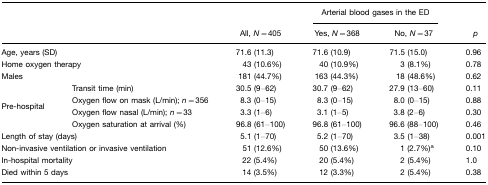
|  |  |  | <COLSPAN=2> Arterial blood gases in the ED |  |
 |  |  | All, N=405 | Yes, N=368 | No, N=37 | p |
 | --- | --- | --- | --- | --- | --- |
 | <COLSPAN=2> Age, years (SD) | 71.6 (11.3) | 71.6 (10.9) | 71.5 (15.0) | 0.96 |
 | <COLSPAN=2> Home oxygen therapy | 43 (10.6%) | 40 (10.9%) | 3 (8.1%) | 0.78 |
 | <COLSPAN=2> Males | 181 (44.7%) | 163 (44.3%) | 18 (48.6%) | 0.62 |
 | <ROWSPAN=4> Pre-hospital | Transit time (min) | 30.5 (9–62) | 30.7 (9–62) | 27.9 (13–60) | 0.11 |
 | Oxygen flow on mask (L/min); n=356 | 8.3 (0–15) | 8.3 (0–15) | 8.0 (0–15) | 0.88 |
 | Oxygen flow nasal (L/min); n=33 | 3.3 (1–6) | 3.1 (1–5) | 3.8 (2–6) | 0.30 |
 | Oxygen saturation at arrival (%) | 96.8 (61–100) | 96.8 (61–100) | 96.6 (88–100) | 0.46 |
 | <COLSPAN=2> Length of stay (days) | 5.1 (1–70) | 5.2 (1–70) | 3.5 (1–38) | 0.001 |
 | <COLSPAN=2> Non-invasive ventilation or invasive ventilation | 51 (12.6%) | 50 (13.6%) | 1 (2.7%)a | 0.10 |
 | <COLSPAN=2> In-hospital mortality | 22 (5.4%) | 20 (5.4%) | 2 (5.4%) | 1.0 |
 | <COLSPAN=2> Died within 5 days | 14 (3.5%) | 12 (3.3%) | 2 (5.4%) | 0.38 |